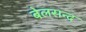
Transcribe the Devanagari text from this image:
बेलसन्द